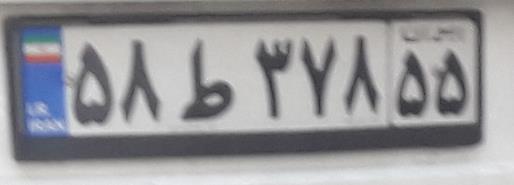
۵۸ط۳۷۸۵۵